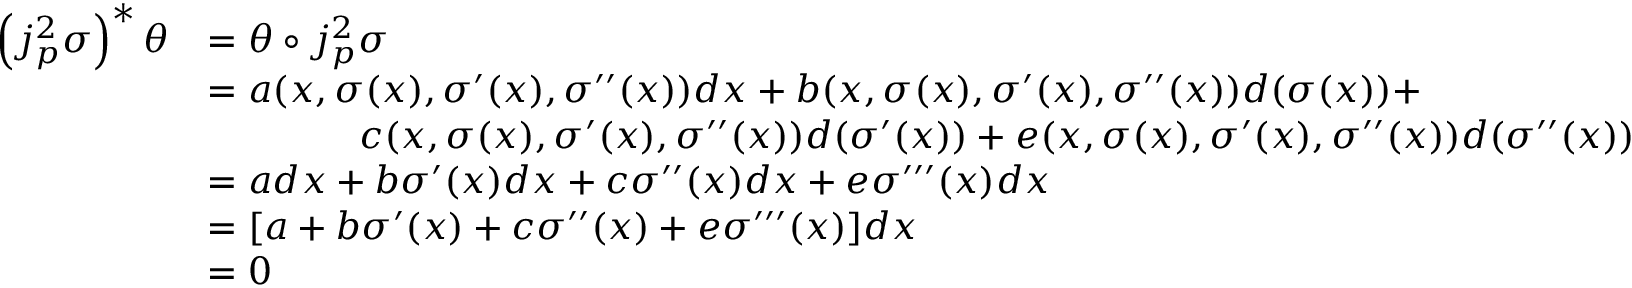
{ \begin{array} { r l } { \left( j _ { p } ^ { 2 } \sigma \right) ^ { * } \theta } & { = \theta \circ j _ { p } ^ { 2 } \sigma } \\ & { = a ( x , \sigma ( x ) , \sigma ^ { \prime } ( x ) , \sigma ^ { \prime \prime } ( x ) ) d x + b ( x , \sigma ( x ) , \sigma ^ { \prime } ( x ) , \sigma ^ { \prime \prime } ( x ) ) d ( \sigma ( x ) ) + } \\ & { \qquad \qquad c ( x , \sigma ( x ) , \sigma ^ { \prime } ( x ) , \sigma ^ { \prime \prime } ( x ) ) d ( \sigma ^ { \prime } ( x ) ) + e ( x , \sigma ( x ) , \sigma ^ { \prime } ( x ) , \sigma ^ { \prime \prime } ( x ) ) d ( \sigma ^ { \prime \prime } ( x ) ) } \\ & { = a d x + b \sigma ^ { \prime } ( x ) d x + c \sigma ^ { \prime \prime } ( x ) d x + e \sigma ^ { \prime \prime \prime } ( x ) d x } \\ & { = [ a + b \sigma ^ { \prime } ( x ) + c \sigma ^ { \prime \prime } ( x ) + e \sigma ^ { \prime \prime \prime } ( x ) ] d x } \\ & { = 0 } \end{array} }